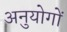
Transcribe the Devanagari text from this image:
अनुयोगों